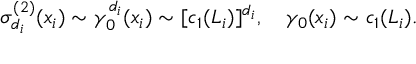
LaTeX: \sigma _ { d _ { i } } ^ { ( 2 ) } ( x _ { i } ) \sim \gamma _ { 0 } ^ { d _ { i } } ( x _ { i } ) \sim [ c _ { 1 } ( { \cal L } _ { i } ) ] ^ { d _ { i } } , \quad \gamma _ { 0 } ( x _ { i } ) \sim c _ { 1 } ( { \cal L } _ { i } ) .